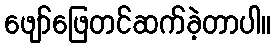
ဖျော်ဖြေတင်ဆက်ခဲ့တာပါ။